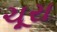
ચૂરા